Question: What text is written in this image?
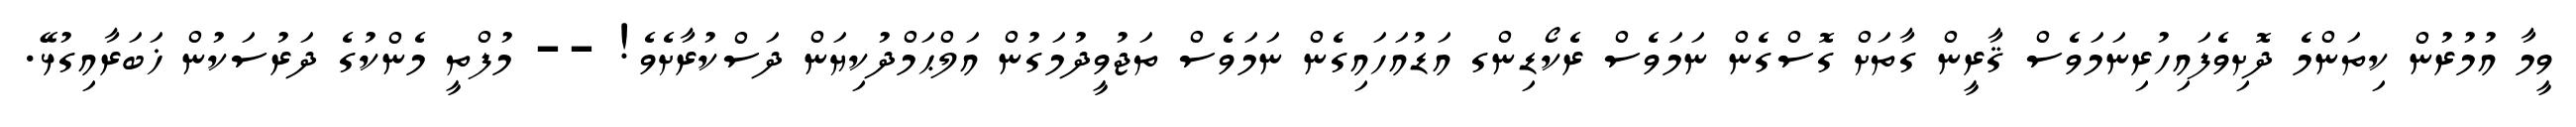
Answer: ވީމާ އުމުރުން ކިތަންމެ ދޮށިވެފައިހުރިނަމަވެސް ޤާރީން ގާތަށް ގޮސްގެން ނަމަވެސް ރެކޯޑިންގ އަޑުއަހައިގެން ނަމަވެސް ތަޖުވީދުމަގުން އަލްޙަމްދުކިޔަން ދަސްކުރާށެވެ! -- މުފްތީ މެންކުގެ ދަރުސަކުން ޚަބަރާއިގުޅޭ.